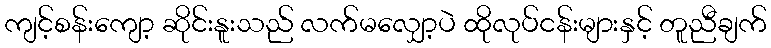
ကျင့်စန်းကျော့ ဆိုင်းနူးသည် လက်မလျှော့ပဲ ထိုလုပ်ငန်းများနှင့် တူညီချက်